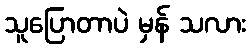
သူပြောတာပဲ မှန် သလား